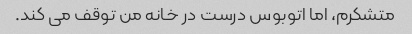
متشکرم، اما اتوبوس درست در خانه من توقف می کند.